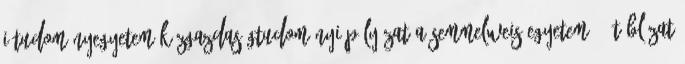
i Tudományegyetem Közgazdaságtudományi Pályázat a Semmelweis Egyetem 2. táblázat